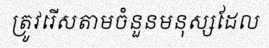
ត្រូវរើសតាមចំនួនមនុស្សដែល